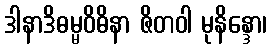
ဒါနာဒိဓမ္မဝိဓိနာ ဇိတဝါ မုနိန္ဒော၊